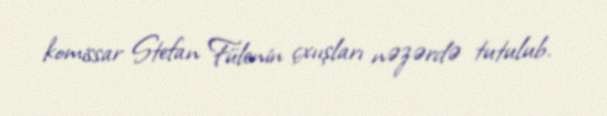
komissar Stefan Fülenin çxıışları nəzərdə tutulub.